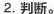
2.判断。